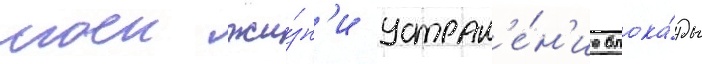
моеи жи́зн'и устран'е́н'ие блока́ды